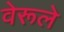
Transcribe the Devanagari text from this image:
वेरूले